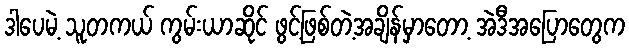
ဒါပေမဲ့ သူတကယ် ကွမ်းယာဆိုင် ဖွင့်ဖြစ်တဲ့အချိန်မှာတော့ အဲဒီအပြောတွေက